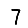
Digit: 7